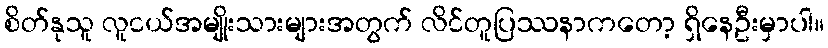
စိတ်နုသူ လူငယ်အမျိုးသားများအတွက် လိင်တူပြဿနာကတော့ ရှိနေဦးမှာပါ။